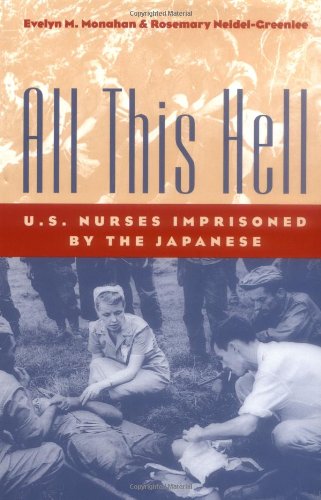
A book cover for All This Hell: U. S. Nurses Imprisoned by the Japanese; Evelyn M. Monahan; History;